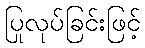
ပြုလုပ်ခြင်းဖြင့်